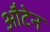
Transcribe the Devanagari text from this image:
औटेन